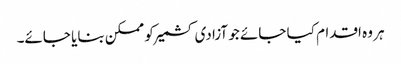
ہر وہ اقدام کیا جائے جو آزادی کشمیر کو ممکن بنایا جائے۔